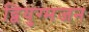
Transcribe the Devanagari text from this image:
द्वियुग्मजन